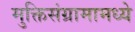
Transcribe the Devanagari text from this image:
मुक्तिसंग्रामामध्ये